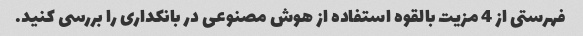
فهرستی از 4 مزیت بالقوه استفاده از هوش مصنوعی در بانکداری را بررسی کنید.